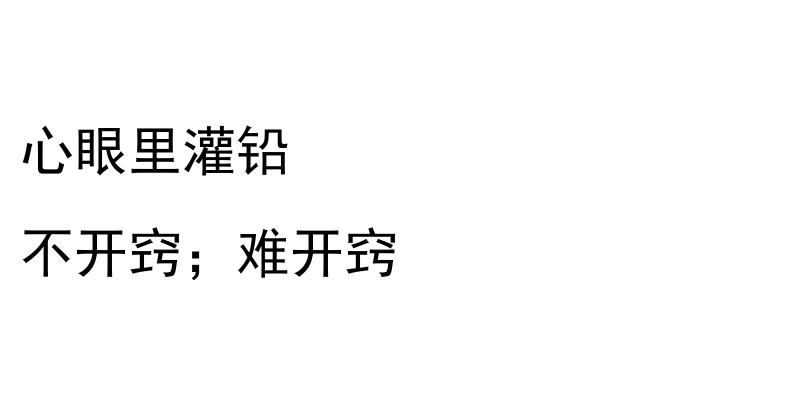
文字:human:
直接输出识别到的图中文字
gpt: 心眼里灌铅 不开窍；难开窍